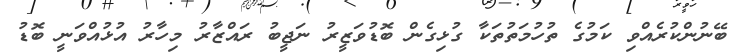
ބޭނުންކުރެއްވި ކަމުގެ ތުހުމަތުތަކާ ގުޅިގެން ބޮޑުވަޒީރު ނަޖީބު ރައްޒާރު މިހާރު އުޅުއްވަނީ ބޮޑު